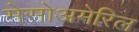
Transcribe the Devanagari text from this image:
मेसोअमेरिल